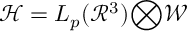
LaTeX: { \mathcal { H } } = L _ { p } ( { \mathcal { R } } ^ { 3 } ) { \bigotimes } { \mathcal { W } }